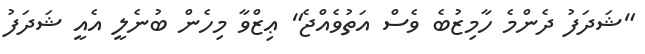
"ޝަދަފު ދެންމެ ހާމިޒުބެ ވެސް އަތުވެއްޖެ" ޢިޒްވާ މިހެން ބުނެލީ އެއީ ޝަދަފު